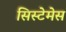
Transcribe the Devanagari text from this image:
सिस्टेमेस